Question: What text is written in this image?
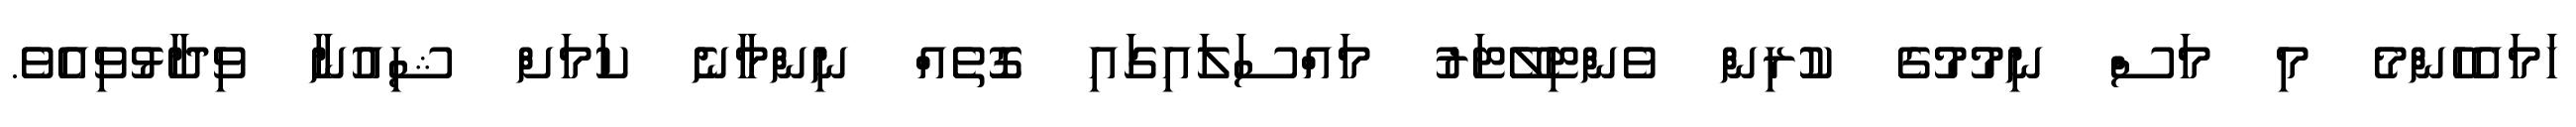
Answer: ހަމައެހެންމެ މި މަސް ނިމުމުގެ ކުރިން ވެންޓިލޭޓަރު މައްސަލައިގައި ގޮތެއް ނިންމާނެ ކަމަށް ޝިއުނާ ވިދާޅުވިއެވެ.